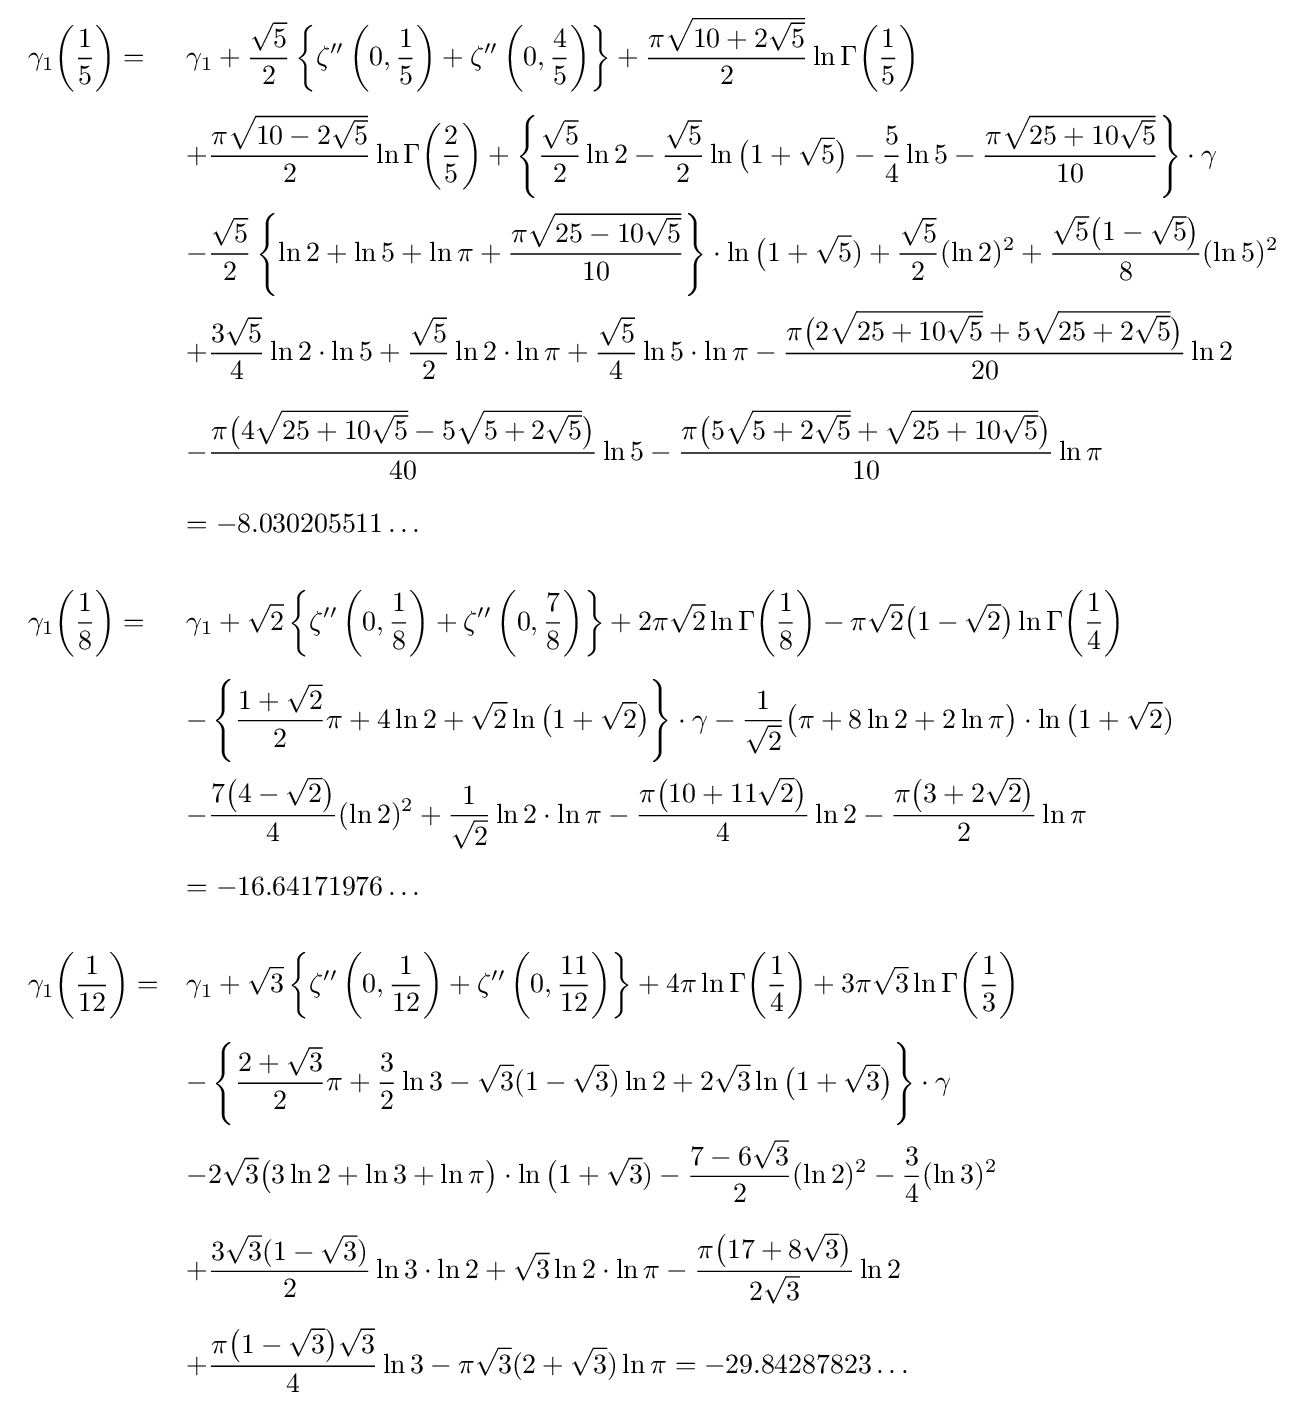
{\begin{array}{ll}\displaystyle \gamma _{1}{\biggl (}{\frac {1}{5}}{\biggr )}=&\displaystyle \gamma _{1}+{\frac {\sqrt {5}}{2}}\left\{\zeta ''\left(0,{\frac {1}{5}}\right)+\zeta ''\left(0,{\frac {4}{5}}\right)\right\}+{\frac {\pi {\sqrt {10+2{\sqrt {5}}}}}{2}}\ln \Gamma {\biggl (}{\frac {1}{5}}{\biggr )}\\[5mm]&\displaystyle +{\frac {\pi {\sqrt {10-2{\sqrt {5}}}}}{2}}\ln \Gamma {\biggl (}{\frac {2}{5}}{\biggr )}+\left\{{\frac {\sqrt {5}}{2}}\ln {2}-{\frac {\sqrt {5}}{2}}\ln {\big (}1+{\sqrt {5}}{\big )}-{\frac {5}{4}}\ln 5-{\frac {\pi {\sqrt {25+10{\sqrt {5}}}}}{10}}\right\}\cdot \gamma \\[5mm]&\displaystyle -{\frac {\sqrt {5}}{2}}\left\{\ln 2+\ln 5+\ln \pi +{\frac {\pi {\sqrt {25-10{\sqrt {5}}}}}{10}}\right\}\cdot \ln {\big (}1+{\sqrt {5}})+{\frac {\sqrt {5}}{2}}(\ln 2)^{2}+{\frac {{\sqrt {5}}{\big (}1-{\sqrt {5}}{\big )}}{8}}(\ln 5)^{2}\\[5mm]&\displaystyle +{\frac {3{\sqrt {5}}}{4}}\ln 2\cdot \ln 5+{\frac {\sqrt {5}}{2}}\ln 2\cdot \ln \pi +{\frac {\sqrt {5}}{4}}\ln 5\cdot \ln \pi -{\frac {\pi {\big (}2{\sqrt {25+10{\sqrt {5}}}}+5{\sqrt {25+2{\sqrt {5}}}}{\big )}}{20}}\ln 2\\[5mm]&\displaystyle -{\frac {\pi {\big (}4{\sqrt {25+10{\sqrt {5}}}}-5{\sqrt {5+2{\sqrt {5}}}}{\big )}}{40}}\ln 5-{\frac {\pi {\big (}5{\sqrt {5+2{\sqrt {5}}}}+{\sqrt {25+10{\sqrt {5}}}}{\big )}}{10}}\ln \pi \\[5mm]&\displaystyle =-8.030205511\ldots \\[6mm]\displaystyle \gamma _{1}{\biggl (}{\frac {1}{8}}{\biggr )}=&\displaystyle \gamma _{1}+{\sqrt {2}}\left\{\zeta ''\left(0,{\frac {1}{8}}\right)+\zeta ''\left(0,{\frac {7}{8}}\right)\right\}+2\pi {\sqrt {2}}\ln \Gamma {\biggl (}{\frac {1}{8}}{\biggr )}-\pi {\sqrt {2}}{\big (}1-{\sqrt {2}}{\big )}\ln \Gamma {\biggl (}{\frac {1}{4}}{\biggr )}\\[5mm]&\displaystyle -\left\{{\frac {1+{\sqrt {2}}}{2}}\pi +4\ln {2}+{\sqrt {2}}\ln {\big (}1+{\sqrt {2}}{\big )}\right\}\cdot \gamma -{\frac {1}{\sqrt {2}}}{\big (}\pi +8\ln 2+2\ln \pi {\big )}\cdot \ln {\big (}1+{\sqrt {2}})\\[5mm]&\displaystyle -{\frac {7{\big (}4-{\sqrt {2}}{\big )}}{4}}(\ln 2)^{2}+{\frac {1}{\sqrt {2}}}\ln 2\cdot \ln \pi -{\frac {\pi {\big (}10+11{\sqrt {2}}{\big )}}{4}}\ln 2-{\frac {\pi {\big (}3+2{\sqrt {2}}{\big )}}{2}}\ln \pi \\[5mm]&\displaystyle =-16.64171976\ldots \\[6mm]\displaystyle \gamma _{1}{\biggl (}{\frac {1}{12}}{\biggr )}=&\displaystyle \gamma _{1}+{\sqrt {3}}\left\{\zeta ''\left(0,{\frac {1}{12}}\right)+\zeta ''\left(0,{\frac {11}{12}}\right)\right\}+4\pi \ln \Gamma {\biggl (}{\frac {1}{4}}{\biggr )}+3\pi {\sqrt {3}}\ln \Gamma {\biggl (}{\frac {1}{3}}{\biggr )}\\[5mm]&\displaystyle -\left\{{\frac {2+{\sqrt {3}}}{2}}\pi +{\frac {3}{2}}\ln 3-{\sqrt {3}}(1-{\sqrt {3}})\ln {2}+2{\sqrt {3}}\ln {\big (}1+{\sqrt {3}}{\big )}\right\}\cdot \gamma \\[5mm]&\displaystyle -2{\sqrt {3}}{\big (}3\ln 2+\ln 3+\ln \pi {\big )}\cdot \ln {\big (}1+{\sqrt {3}})-{\frac {7-6{\sqrt {3}}}{2}}(\ln 2)^{2}-{\frac {3}{4}}(\ln 3)^{2}\\[5mm]&\displaystyle +{\frac {3{\sqrt {3}}(1-{\sqrt {3}})}{2}}\ln 3\cdot \ln 2+{\sqrt {3}}\ln 2\cdot \ln \pi -{\frac {\pi {\big (}17+8{\sqrt {3}}{\big )}}{2{\sqrt {3}}}}\ln 2\\[5mm]&\displaystyle +{\frac {\pi {\big (}1-{\sqrt {3}}{\big )}{\sqrt {3}}}{4}}\ln 3-\pi {\sqrt {3}}(2+{\sqrt {3}})\ln \pi =-29.84287823\ldots \end{array}}